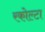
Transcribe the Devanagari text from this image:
रकोल्टा